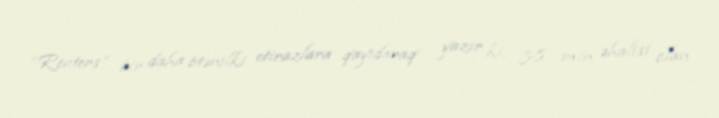
“Reuters” bir daha ötənilki etirazlara qayıdaraq yazır ki, 38 min əhalisi olan